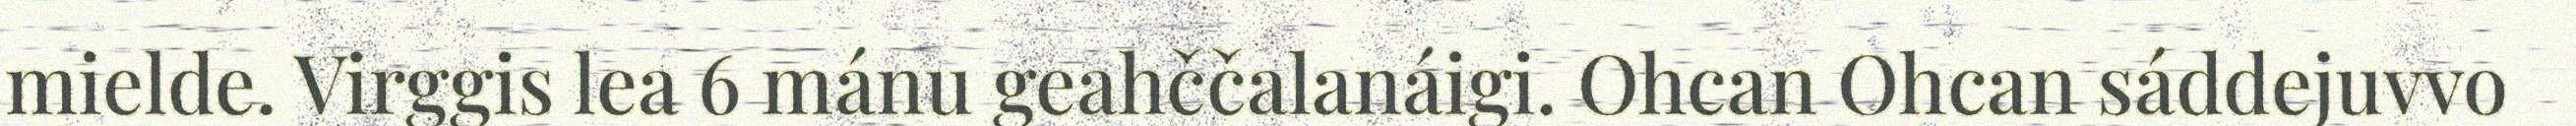
mielde. Virggis lea 6 mánu geahččalanáigi. Ohcan Ohcan sáddejuvvo